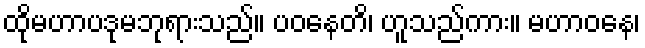
ထိုမဟာပဒုမဘုရားသည်။ ပဝနေတိ၊ ဟူသည်ကား။ မဟာဝနေ၊